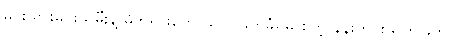
မင်းသားမင်းသမီးနဲ့ မိဘုရားတွေ သတ်ဖြတ်ခံရမှု စတဲ့ နန်းတွင်းသတ်ဖြတ်ပွဲ၊